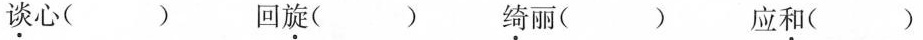
谈心( ) 回旋( ) 绮丽( ) 应和( )